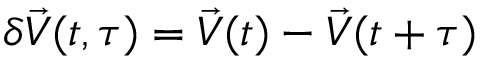
\delta \vec { V } ( t , \tau ) = \vec { V } ( t ) - \vec { V } ( t + \tau )